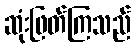
ဆုံးဖြတ်ကြသည်